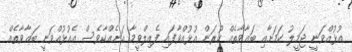
އުޅުއްވަނީ ޖަމީލު ކަމަށާއި ބަޣާވާތެއް ކުރަން އުޅުއްވާފައި ފެއިލްވީމާ އަނެއްކާވެސް އެއުޅުއްވަނީ ބަޣާވާތެއް